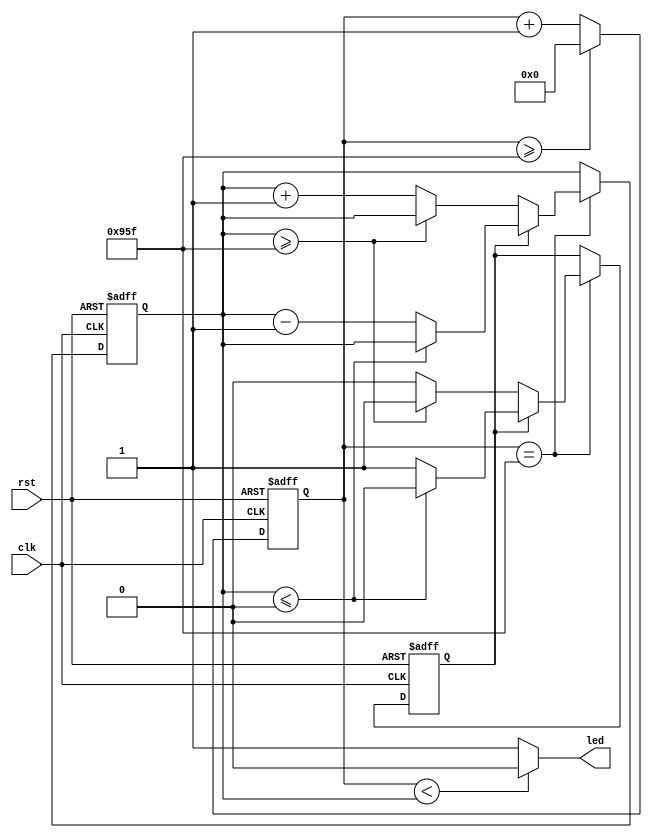
// ********************************************************************
// >>>>>>>>>>>>>>>>>>>>>>>>> COPYRIGHT NOTICE <<<<<<<<<<<<<<<<<<<<<<<<<
// ********************************************************************
// Module name  : breath_led
// Description  : 
// Web          : www.stepfpga.com
// 
// --------------------------------------------------------------------
// Code Revision History : 
// --------------------------------------------------------------------
// Version: |Mod. Date:   |Changes Made:
// V1.0     |2017/03/02   |Initial ver
// --------------------------------------------------------------------
// Module Function:
module breath_led(clk,rst,led);
 
	input clk;             //
	input rst;             //
	output led;            //led
 
	reg [24:0] cnt1;       //1
	reg [24:0] cnt2;       //2
	reg flag;              //
 
	parameter   CNT_NUM = 2400;	// period = (2400^2)*2 = 24000000 = 2s
	//cnt1
	always@(posedge clk or negedge rst) begin 
		if(!rst) begin
			cnt1<=13'd0;
			end 
                else begin
		     if(cnt1>=CNT_NUM-1) 
                        cnt1<=1'b0;
		     else 
                        cnt1<=cnt1+1'b1; 
                    end
		end
 
	//cnt2
	always@(posedge clk or negedge rst) begin 
		if(!rst) begin
			cnt2<=13'd0;
			flag<=1'b0;
			end 
                else begin
		     if(cnt1==CNT_NUM-1) begin              //12
			if(!flag) begin                     //02
				if(cnt2>=CNT_NUM-1)         //22
                                    flag<=1'b1;
				else
                                    cnt2<=cnt2+1'b1;
			end else begin                     //2
				if(cnt2<=0)                //202
                                    flag<=1'b0;
				else 
                                    cnt2<=cnt2-1'b1;
			end
			end
                            else cnt2<=cnt2;              //12
			end
			end
 
	//12led
	assign	led = (cnt1<cnt2)?1'b0:1'b1;
 
endmodule